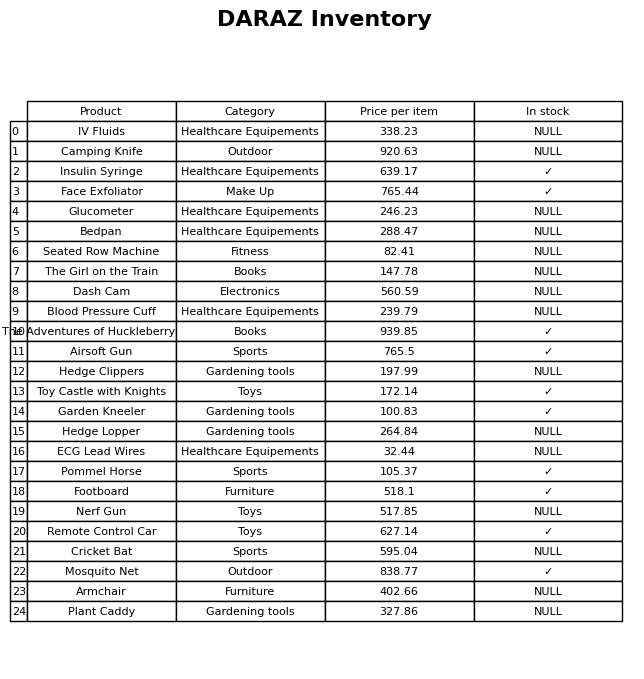
question: What is the price of the Cricket Bat?
answer: The price of Cricket Bat is 595.04.